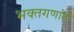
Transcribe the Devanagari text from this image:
भक्तगणांती